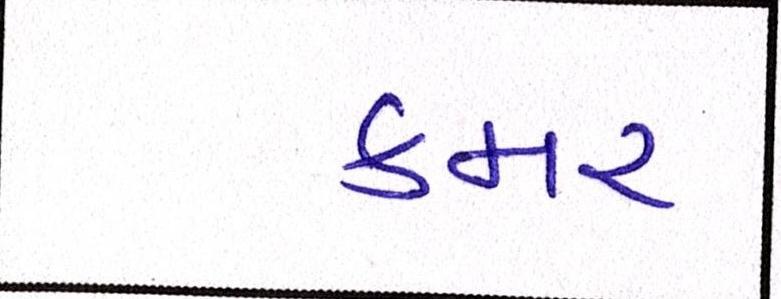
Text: કમર